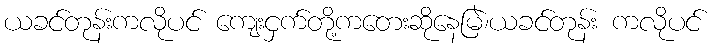
ယခင်တုန်းကလိုပင် ကျေးငှက်တို့ကတေးဆိုနေမြဲ၊ယခင်တုန်း ကလိုပင်